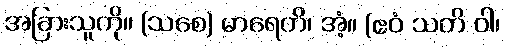
အခြားသူကို။ (သစေ) မာရေတိ၊ အံ့။ (ဧဝံ သတိ ဝါ၊